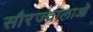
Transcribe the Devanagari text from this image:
सौरज्वालाओं